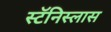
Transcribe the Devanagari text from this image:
स्टॅनिस्लास